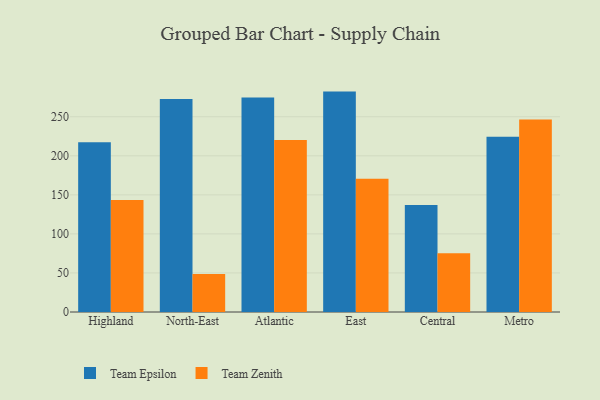
{"axis": {"x": "Region", "y": "Demand Index"}, "legend": ["Team Epsilon", "Team Zenith"], "data": [{"x": "Highland", "y": 217.4, "type": "Team Epsilon"}, {"x": "Highland", "y": 143.4, "type": "Team Zenith"}, {"x": "North-East", "y": 272.8, "type": "Team Epsilon"}, {"x": "North-East", "y": 48.8, "type": "Team Zenith"}, {"x": "Atlantic", "y": 274.5, "type": "Team Epsilon"}, {"x": "Atlantic", "y": 220.3, "type": "Team Zenith"}, {"x": "East", "y": 282.2, "type": "Team Epsilon"}, {"x": "East", "y": 170.7, "type": "Team Zenith"}, {"x": "Central", "y": 136.9, "type": "Team Epsilon"}, {"x": "Central", "y": 75.2, "type": "Team Zenith"}, {"x": "Metro", "y": 224.3, "type": "Team Epsilon"}, {"x": "Metro", "y": 246.6, "type": "Team Zenith"}]}